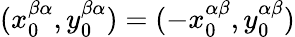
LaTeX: (x_{0}^{\beta\alpha},y_{0}^{\beta\alpha})=(-x_{0}^{\alpha\beta},y_{0}^{\alpha\beta})